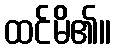
ထင်မိ၏။